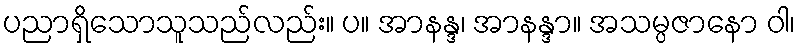
ပညာရှိသောသူသည်လည်း။ ပ။ အာနန္ဒ၊ အာနန္ဒာ။ အသမ္ပဇာနော ဝါ၊